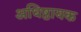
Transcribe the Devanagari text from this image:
अधिष्ठायक